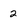
Character: 2